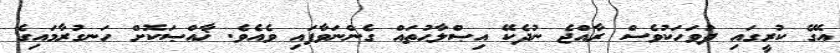
އޭގެ ކުރީގައި ދުވަހަކުވެސް ރާއްޖެ ނުދެކޭ އިޞްލާޙުތައް ގެންނަވާފައި ވެއެވެ. ޚާއްޞަކޮށް ހަނގުރާމައިގެ